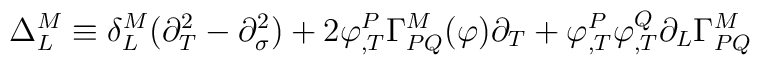
\Delta_{L}^{M}\equiv \delta^{M}_{L}(\partial^{2}_{T}-\partial^{2}_{\sigma})+2\varphi^{P}_{,T}\Gamma^{M}_{PQ}(\varphi)\partial_{T}+\varphi^{P}_{,T}\varphi^{Q}_{,T}\partial_{L}\Gamma^{M}_{PQ}